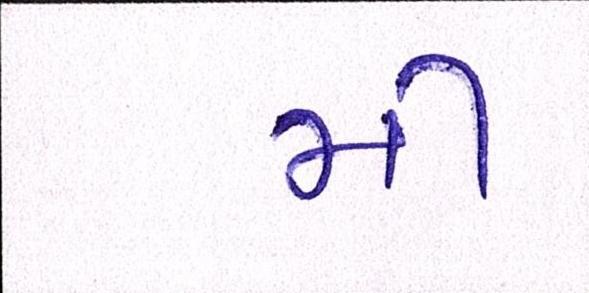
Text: મી